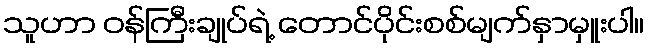
သူဟာ ဝန်ကြီးချုပ်ရဲ့ တောင်ပိုင်းစစ်မျက်နှာမှူးပါ။